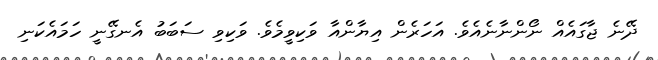
ދޭނެ ޖާގައެއް ނޯންނާނެއެވެ. އަހަރެން އިޔާންއާ ވަކިވީމެވެ. ވަކިވި ސަބަބު އެނގޭނީ ހަމައެކަނި